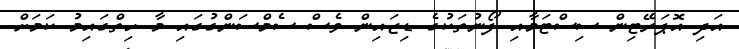
އަދި އޮޕަރޭޓިން ސިސްޓަމާއި ފޯނުތަކުގެ ޑިޒައިން ވެސް ސެމްސަންގުގައި މާ ހިތްގައިމު ކަމަށް